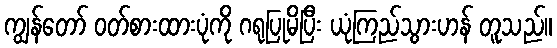
ကျွန်တော် ဝတ်စားထားပုံကို ဂရုပြုမိပြီး ယုံကြည်သွားဟန် တူသည်။